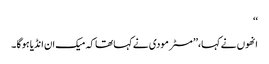
‘‘
انھوں نے کہا،’’ مسٹر مودی نے کہاتھا کہ میک ان انڈیا ہوگا ۔